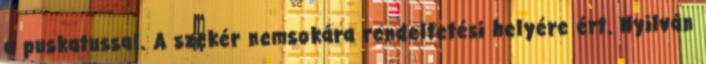
a puskatussal. A szekér nemsokára rendeltetési helyére ért. Nyilván